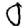
Digit: 0